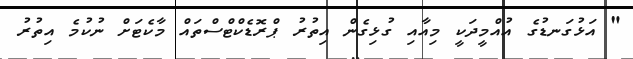
" އަޅުގަނޑުގެ އުއްމީދަކީ މިއާއި ގުޅިގެން އިތުރު ޕްރޮޑެކްޓްސްތައް މާކެޓަށް ނުކުމެ އިތުރު